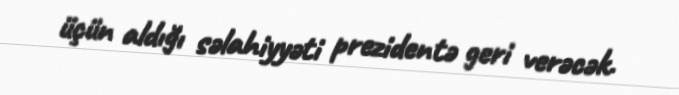
üçün aldığı səlahiyyəti prezidentə geri verəcək.